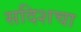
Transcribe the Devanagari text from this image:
सदिशचा